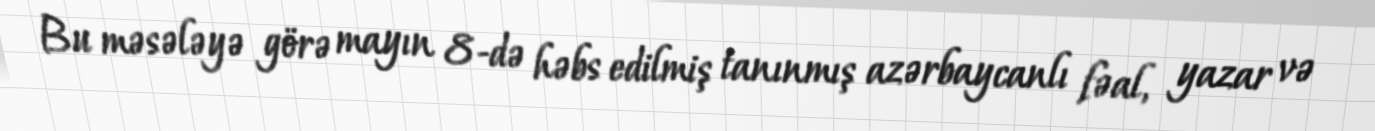
Bu məsələyə görə mayın 8-də həbs edilmiş tanınmış azərbaycanlı fəal, yazar və